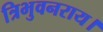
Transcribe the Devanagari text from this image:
त्रिभुवनराय।